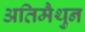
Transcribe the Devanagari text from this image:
अतिमैथुन